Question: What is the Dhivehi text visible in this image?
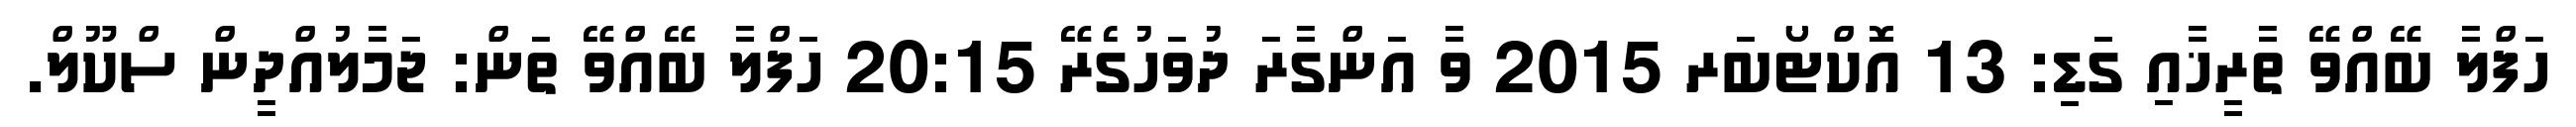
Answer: ހަފްލާ ބޭއްވޭ ތާރީޚާއި ގަޑި: 13 އޮކްޓޯބަރ 2015 ވާ އަންގާރަ ދުވަހުގެރޭ 20:15 ހަފްލާ ބޭއްވޭ ތަން: ޖަމާލުއްދީން ސްކޫލް.